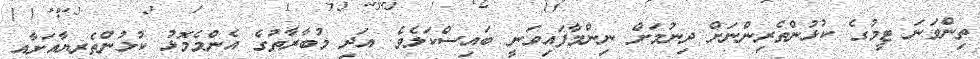
ތިންވަނަ ޓީމުގެ ކުޅުންތެރިންނަށް ދިނުމަށް ނިންމާފައިވަނީ ބައިސްކަލެވެ. އަދި މުބާރާތުގެ އެންމެމޮޅު ކުޅުންތެރިޔާއަށާއި